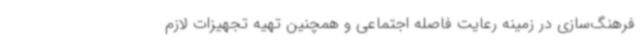
فرهنگ‌سازی در زمینه رعایت فاصله اجتماعی و همچنین تهیه تجهیزات لازم